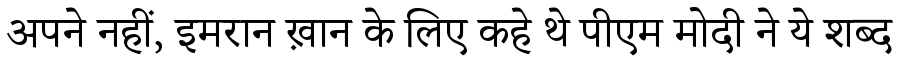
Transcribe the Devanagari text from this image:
अपने नहीं, इमरान ख़ान के लिए कहे थे पीएम मोदी ने ये शब्द